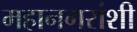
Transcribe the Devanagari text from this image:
महानगरांशी